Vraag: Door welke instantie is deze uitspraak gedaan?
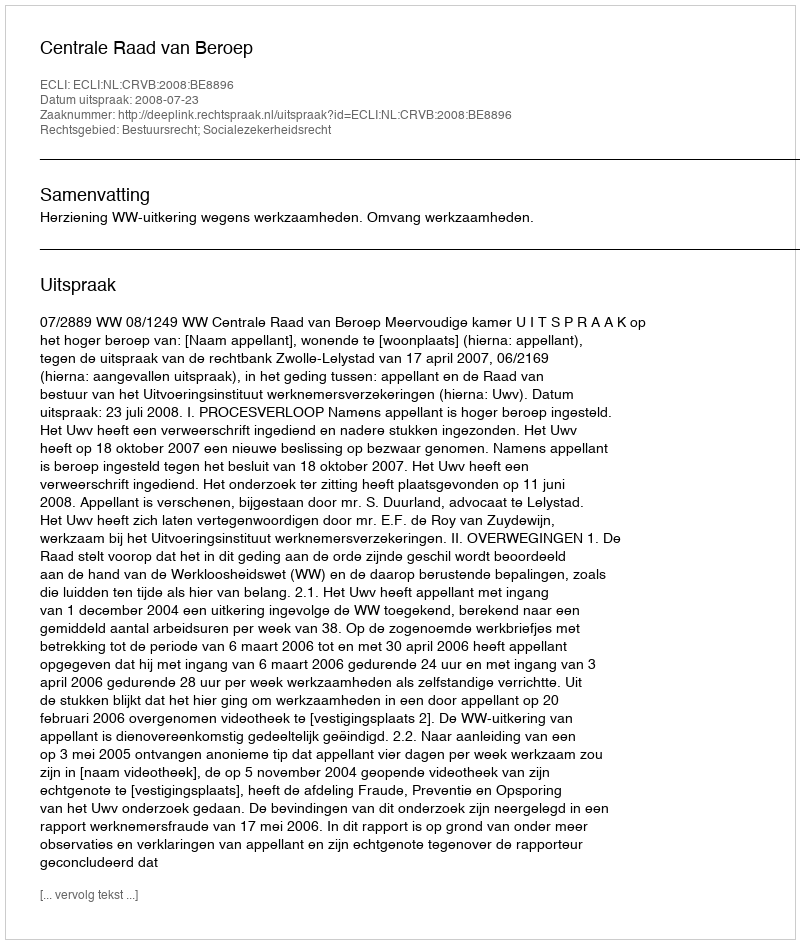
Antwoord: Centrale Raad van Beroep